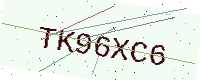
Text: TK96XC6